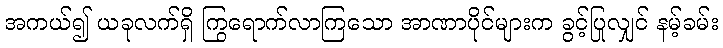
အကယ်၍ ယခုလက်ရှိ ကြွရောက်လာကြသော အာဏာပိုင်များက ခွင့်ပြုလျှင် နမ့်ခမ်း